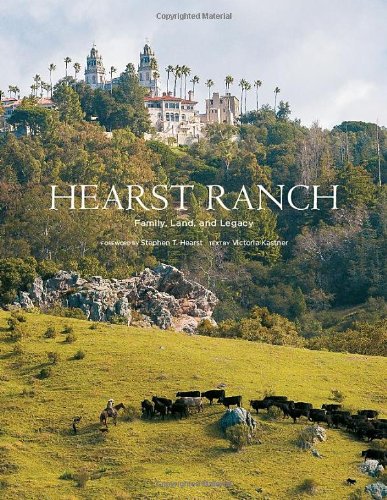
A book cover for Hearst Ranch: Family, Land, and Legacy; Victoria Kastner; Arts & Photography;